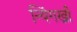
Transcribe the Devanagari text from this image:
न्यिंगख्री